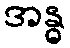
အန္ဓ